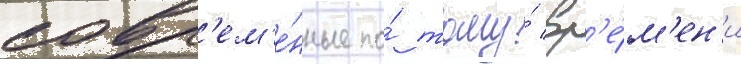
совр'ем'е́нные по́ тому́ вр'е́м'ен'и